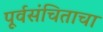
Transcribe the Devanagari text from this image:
पूर्वसंचिताचा